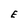
Character: E